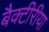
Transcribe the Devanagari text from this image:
बैक्टीरीया